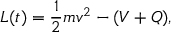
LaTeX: L ( t ) = { \frac { 1 } { 2 } } m v ^ { 2 } - ( V + Q ) ,